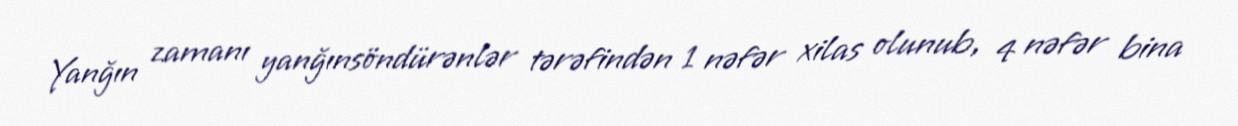
Yanğın zamanı yanğınsöndürənlər tərəfindən 1 nəfər xilas olunub, 4 nəfər bina